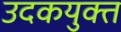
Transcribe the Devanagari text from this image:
उदकयुक्त